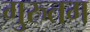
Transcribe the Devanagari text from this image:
गुरुतम